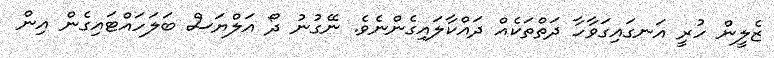
ޒެލީން ހުރީ އަނގައިގަވާހާ ދަތްތަކެއް ދައްކާލައިގެންނެވެ. ނޭގުނު ދޯ އަލްޔަސް ބަލަހައްޓައިގެން އިން